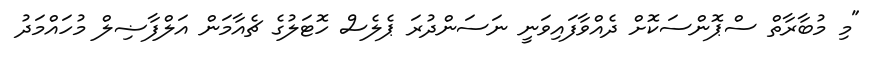
"މި މުބާރާތް ސްޕޮންސަކޮށް ދެެއްވާފައިވަނީ ނަސަންދުރަ ޕެލެސް ހޮޓަލުގެ ޗެއާމަން އަލްފާޟިލް މުހައްމަދު